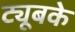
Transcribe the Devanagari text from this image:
ट्यूबके